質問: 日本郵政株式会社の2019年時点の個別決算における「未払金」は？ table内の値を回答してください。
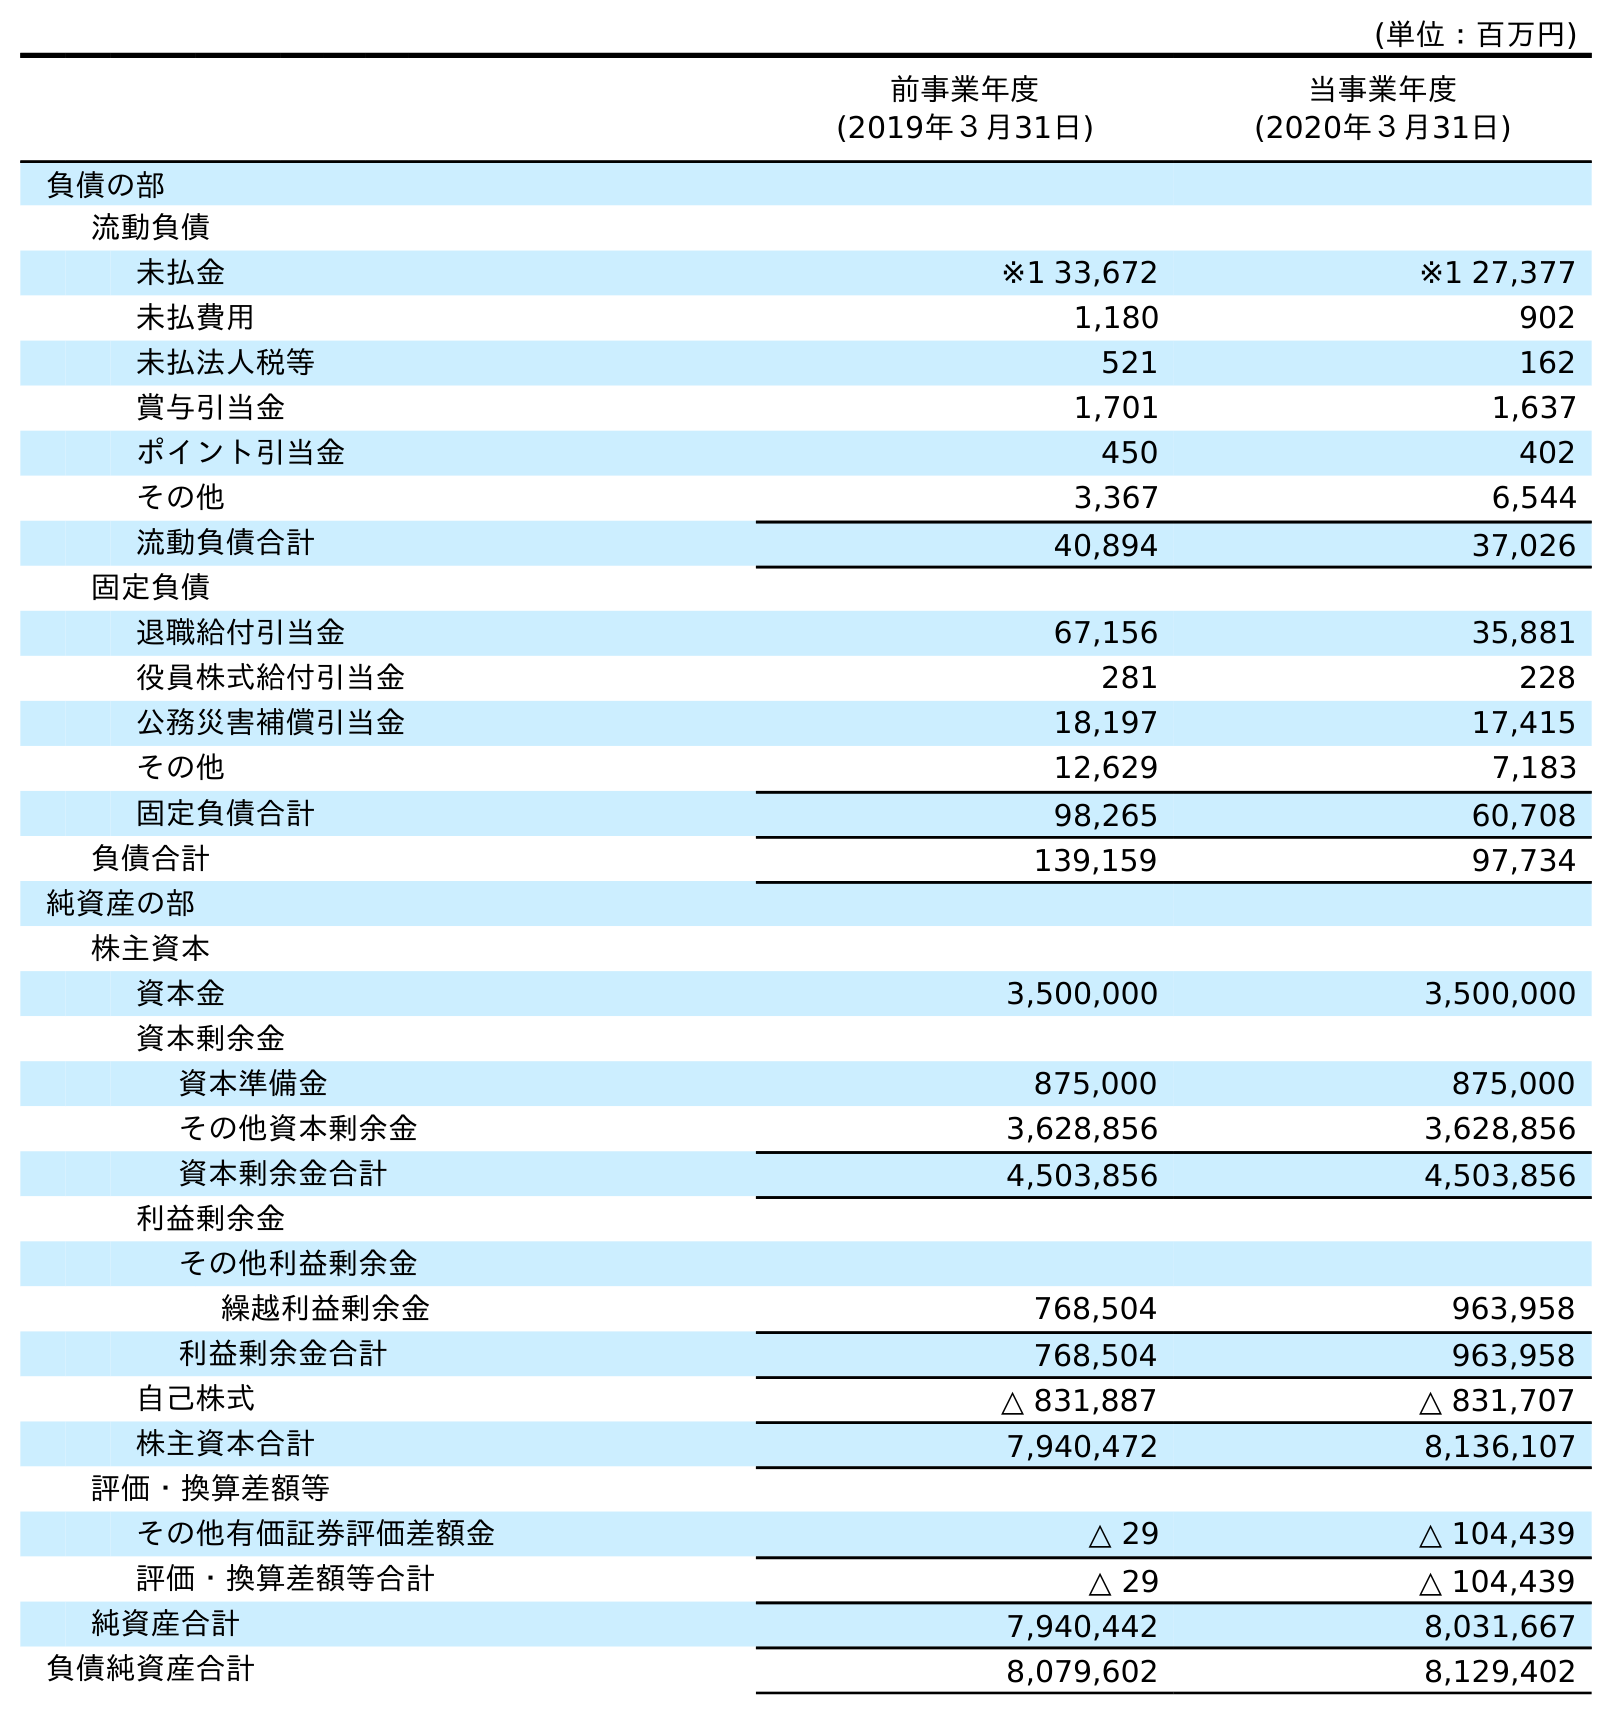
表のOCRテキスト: (単位：百万円) 前事業年度 (2019年３月31日) 当事業年度 (2020年３月31日) 負債の部 流動負債 未払金 ※1 33,672 ※1 27,377 未払費用 1,180 902 未払法人税等 521 162 賞与引当金 1,701 1,637 ポイント引当金 450 402 その他 3,367 6,544 流動負債合計 40,894 37,026 固定負債 退職給付引当金 67,156 35,881 役員株式給付引当金 281 228 公務災害補償引当金 18,197 17,415 その他 12,629 7,183 固定負債合計 98,265 60,708 負債合計 139,159 97,734 純資産の部 株主資本 資本金 3,500,000 3,500,000 資本剰余金 資本準備金 875,000 875,000 その他資本剰余金 3,628,856 3,628,856 資本剰余金合計 4,503,856 4,503,856 利益剰余金 その他利益剰余金 繰越利益剰余金 768,504 963,958 利益剰余金合計 768,504 963,958 自己株式 △ 831,887 △ 831,707 株主資本合計 7,940,472 8,136,107 評価・換算差額等 その他有価証券評価差額金 △ 29 △ 104,439 評価・換算差額等合計 △ 29 △ 104,439 純資産合計 7,940,442 8,031,667 負債純資産合計 8,079,602 8,129,402
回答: ※133,672